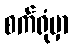
စက်ရုံမှာ